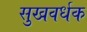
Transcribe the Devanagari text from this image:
सुखवर्धक